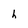
Character: h